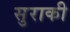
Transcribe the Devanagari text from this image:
सुराकी